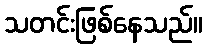
သတင်းဖြစ်နေသည်။